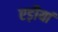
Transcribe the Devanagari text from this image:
एड़ीयां